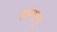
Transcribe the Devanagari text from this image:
तरंगानू